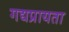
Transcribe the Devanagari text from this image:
गद्यप्रायता